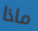
ماذا